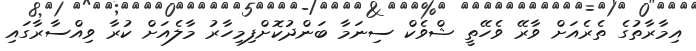
އިމާރާތުގެ ތެރެއަށް ވާރޭ ވެހޭތީ ޝްވެކް ސިނަމާ ބަންދުކޮށްފިމިހާރު މާލެއަށް ކުރާ ވިއްސާރާގައި